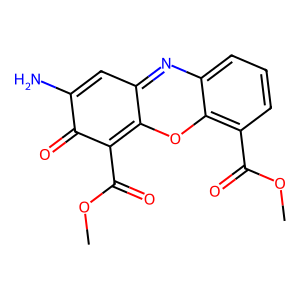
SMILES: COC(=O)c1c2oc3c(C(=O)OC)cccc3nc-2cc(N)c1=O
Inhibits HIV replication: No